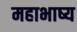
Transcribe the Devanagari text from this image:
महाभाष्‍य